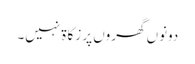
دونوں گھروں پر زکاۃ نہیں۔